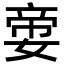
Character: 㛳